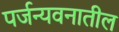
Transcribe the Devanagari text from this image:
पर्जन्यवनातील